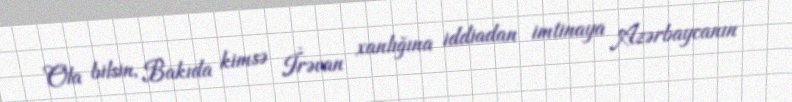
Ola bilsin, Bakıda kimsə İrəvan xanlığına iddiadan imtinaya Azərbaycanın